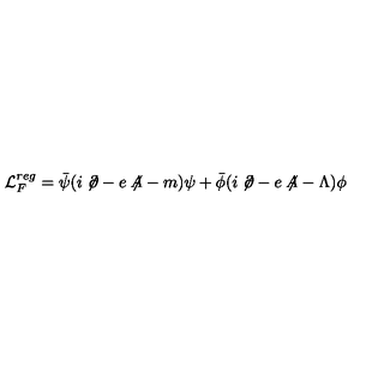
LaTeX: { \mathcal L } _ { F } ^ { r e g } = { \bar { \psi } } ( i \not \! \partial - e \not \! \! A - m ) \psi + { \bar { \phi } } ( i \not \! \partial - e \not \! \! A - \Lambda ) \phi